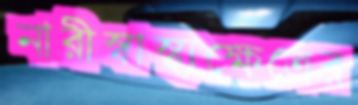
নারীস্বাস্থ্যক্ষেত্রের